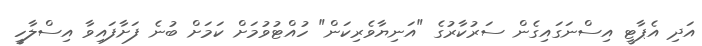
އަދި އެޕާޓީ އިސްނަގައިގެން ސަރުކާރުގެ "އަނިޔާވެރިކަން" ހުއްޓުވުމަށް ކަމަށް ބުނެ ފަށާފައިވާ އިސްލާހީ